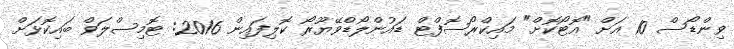
ވިންޑޯސް 10 އަށް "އޮޓޯކޮށް" މައިކްރޯސޮފްޓް ޑައުންލޯޑްވޭޔޫރޯ ކޮލިފައިން 2016: ޓޮމިސްލަވް ބައިކޮޅަށް